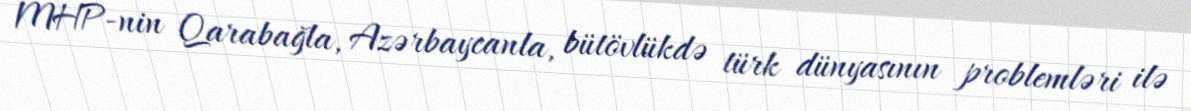
MHP-nin Qarabağla, Azərbaycanla, bütövlükdə türk dünyasının problemləri ilə